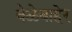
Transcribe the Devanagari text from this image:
वेळेबाहेर